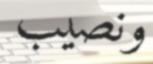
ونصيب